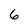
Character: 6